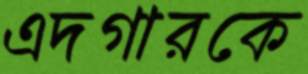
এদগারকে